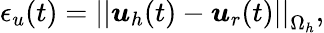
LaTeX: \epsilon_{u}(t)=\left|\left|\boldsymbol{u}_{h}(t)-\boldsymbol{u}_{r}(t)\right|\right|_{\Omega_{h}},